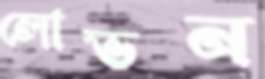
লোভন